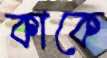
কাকে